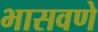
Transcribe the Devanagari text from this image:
भासवणे